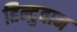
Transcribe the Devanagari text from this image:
हिन्दुवान